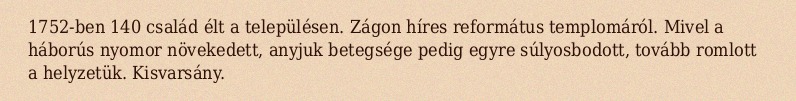
1752-ben 140 család élt a településen. Zágon híres református templomáról. Mivel a háborús nyomor növekedett, anyjuk betegsége pedig egyre súlyosbodott, tovább romlott a helyzetük. Kisvarsány.